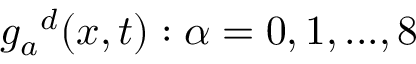
{ g _ { a } } ^ { d } ( x , t ) : \alpha = 0 , 1 , . . . , 8